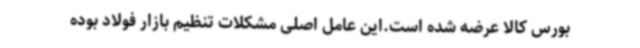
بورس کالا عرضه شده است.این عامل اصلی مشکلات تنظیم بازار فولاد بوده